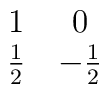
\matrix{ 1 & 0 \cr {1\over2} & -{1\over2}\cr}